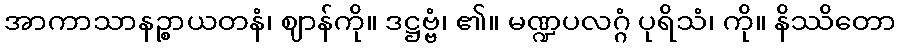
အာကာသာနဉ္စာယတနံ၊ ဈာန်ကို။ ဒဋ္ဌဗ္ဗံ၊ ၏။ မဏ္ဍပလဂ္ဂံ ပုရိသံ၊ ကို။ နိဿိတော